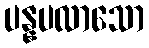
ပန္နပလာသော